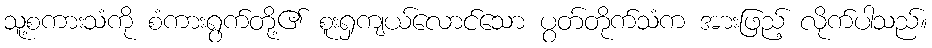
သူ့စကားသံကို စံကားရွက်တို့၏ စူးရှကျယ်လောင်သော ပွတ်တိုက်သံက အားဖြည့် လိုက်ပါသည်။